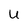
Character: U